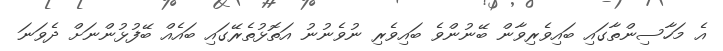
އެ މަހާސިންތާގައި ބައިވެރިވާން ބޭނުންވެ ބައިވެރި ނުވެނުނު އަތޮޅުތެރޭގައި ބައެއް ބޭފުޅުންނަށް ދެވަނަ